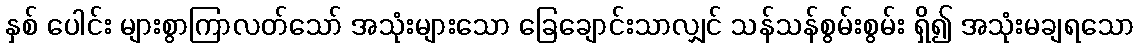
နှစ် ပေါင်း များစွာကြာလတ်သော် အသုံးများသော ခြေချောင်းသာလျှင် သန်သန်စွမ်းစွမ်း ရှိ၍ အသုံးမချရသော